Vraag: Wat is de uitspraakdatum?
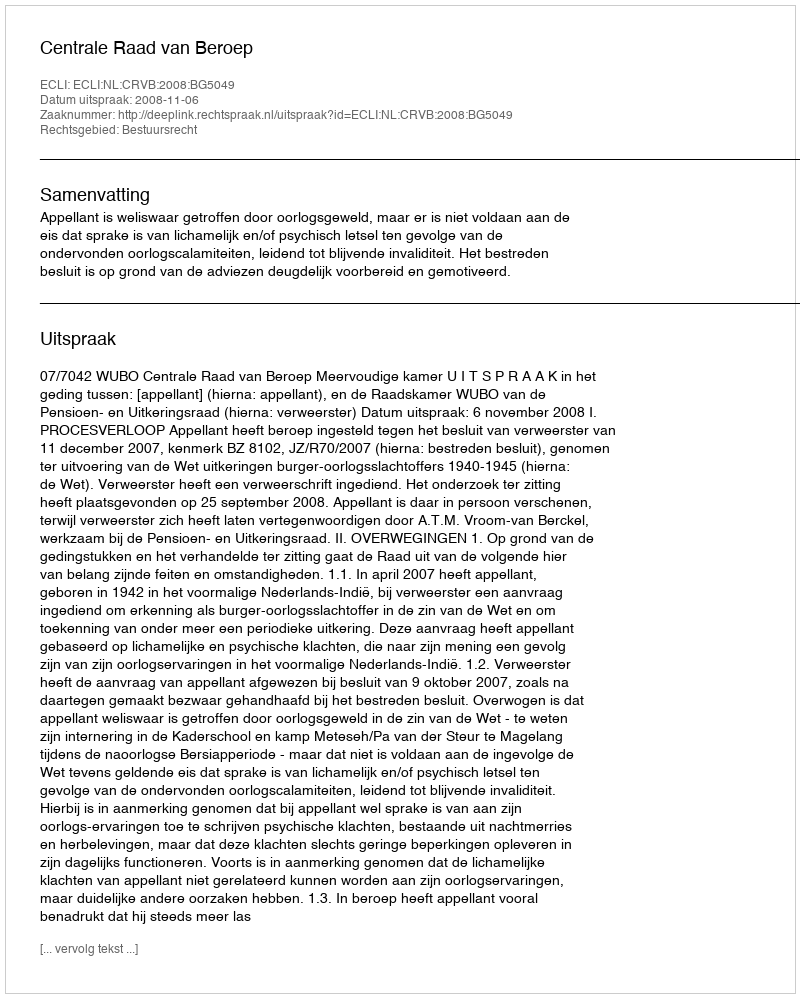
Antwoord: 2008-11-06